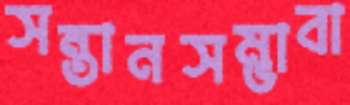
সন্তানসম্ভাবা